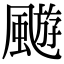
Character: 𩘓